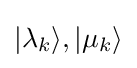
|\lambda _{k}\rangle ,|\mu _{k}\rangle